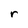
Character: r